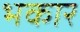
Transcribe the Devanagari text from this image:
भकार